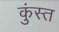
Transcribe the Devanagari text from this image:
कुंस्त